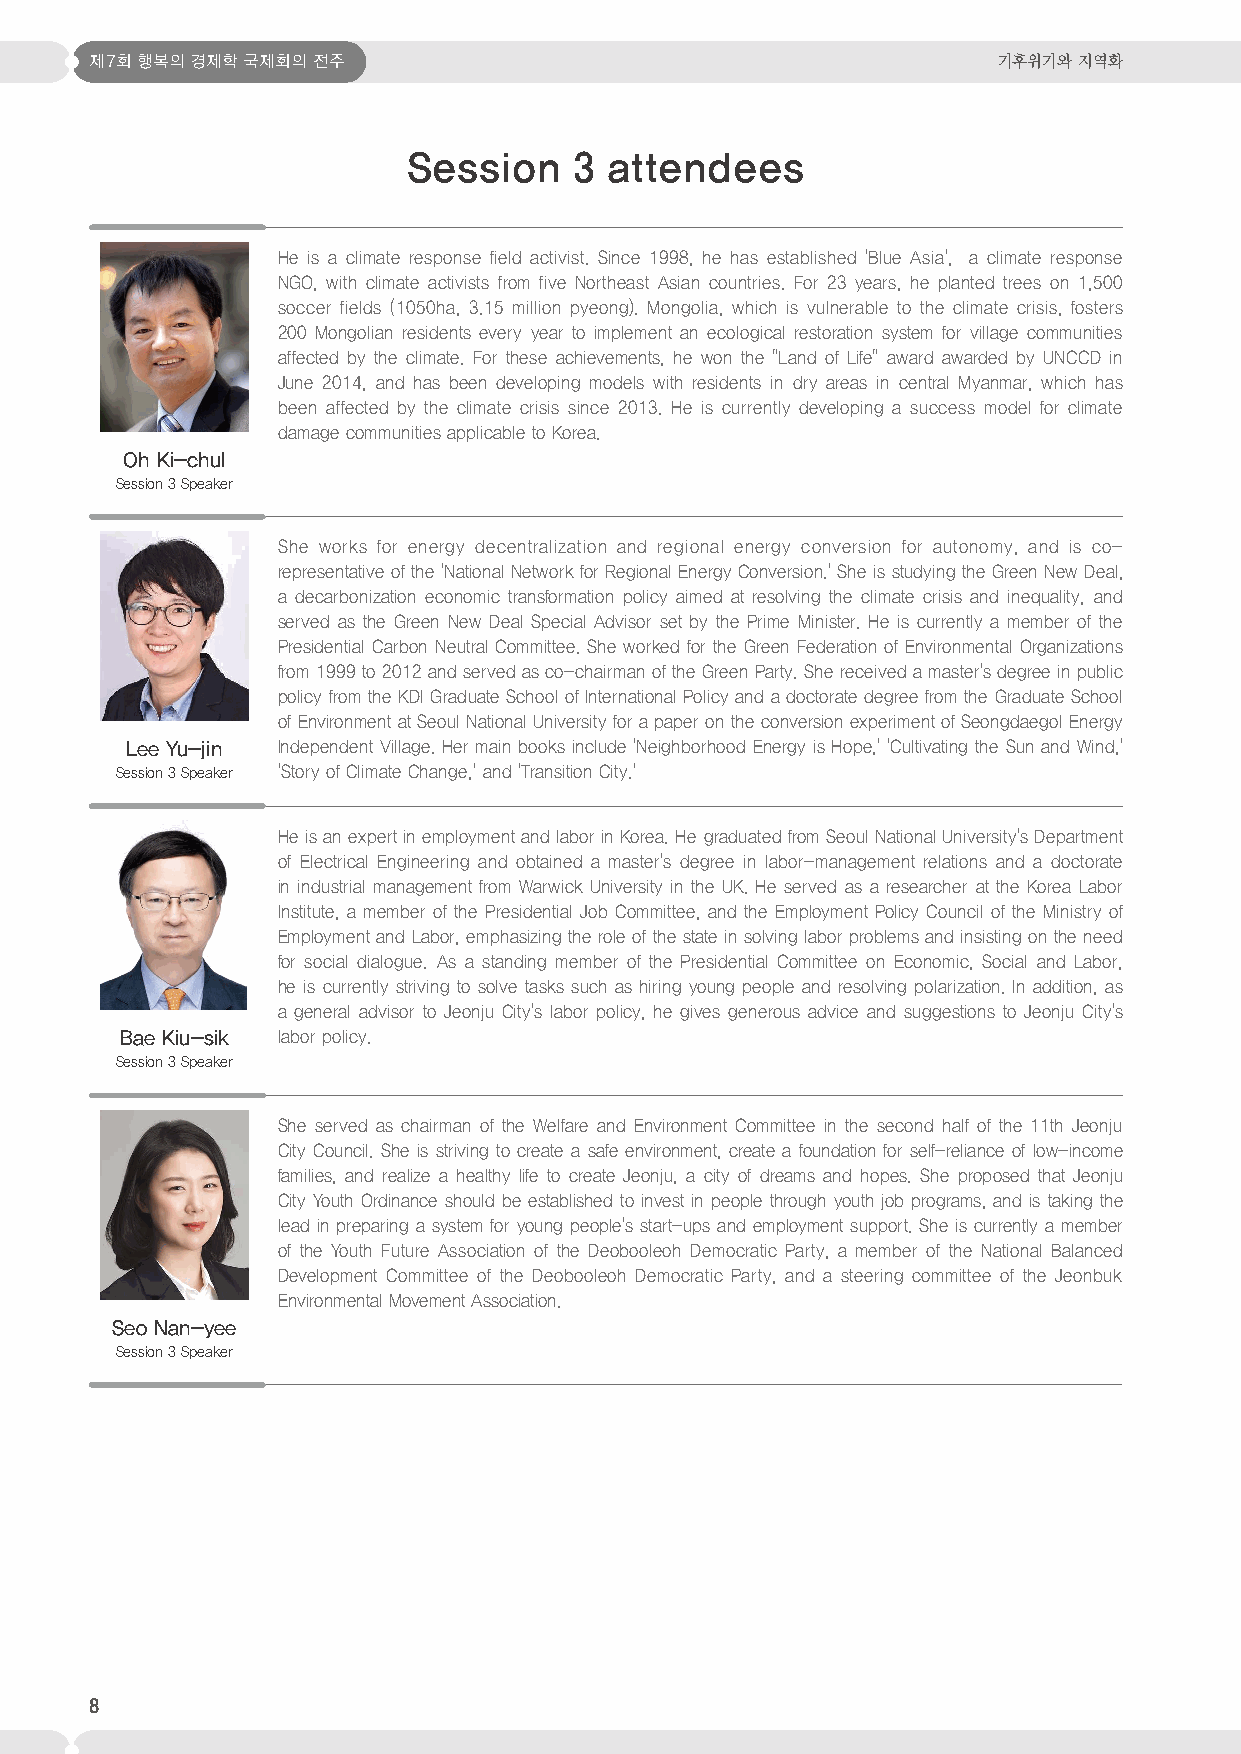
제7회 행복의 경제학 국제회의 전주                                         기후위기와 지역화
 Session    3 attendees
 He is a climate response field activist. Since 1998, he has established 'Blue Asia', a climate response
 NGO, with climate activists from five Northeast Asian countries. For 23 years, he planted trees on 1,500
 soccer fields (1050ha, 3.15 million pyeong). Mongolia, which is vulnerable to the climate crisis, fosters
 200 Mongolian residents every year to implement an ecological restoration system for village communities
 affected by the climate. For these achievements, he won the "Land of Life" award awarded by UNCCD in
 June 2014, and has been developing models with residents in dry areas in central Myanmar, which has
 been affected by the climate crisis since 2013. He is currently developing a success model for climate
 damage communities applicable to Korea.
 Oh Ki-chul
 Session 3 Speaker
 She works for energy decentralization and regional energy conversion for autonomy, and is co-
 representative of the 'National Network for Regional Energy Conversion.' She is studying the Green New Deal,
 a decarbonization economic transformation policy aimed at resolving the climate crisis and inequality, and
 served as the Green New Deal Special Advisor set by the Prime Minister. He is currently a member of the
 Presidential Carbon Neutral Committee. She worked for the Green Federation of Environmental Organizations
 from 1999 to 2012 and served as co-chairman of the Green Party. She received a master's degree in public
 policy from the KDI Graduate School of International Policy and a doctorate degree from the Graduate School
 of Environment at Seoul National University for a paper on the conversion experiment of Seongdaegol Energy
 Lee Yu-jin Independent Village. Her main books include 'Neighborhood Energy is Hope,' 'Cultivating the Sun and Wind,'
 Session 3 Speaker 'Story of Climate Change,' and 'Transition City.'
 He is an expert in employment and labor in Korea. He graduated from Seoul National University's Department
 of Electrical Engineering and obtained a master's degree in labor-management relations and a doctorate
 in industrial management from Warwick University in the UK. He served as a researcher at the Korea Labor
 Institute, a member of the Presidential Job Committee, and the Employment Policy Council of the Ministry of
 Employment and Labor, emphasizing the role of the state in solving labor problems and insisting on the need
 for social dialogue. As a standing member of the Presidential Committee on Economic, Social and Labor,
 he is currently striving to solve tasks such as hiring young people and resolving polarization. In addition, as
 a general advisor to Jeonju City's labor policy, he gives generous advice and suggestions to Jeonju City's
 Bae Kiu-sik labor policy.
 Session 3 Speaker
 She served as chairman of the Welfare and Environment Committee in the second half of the 11th Jeonju
 City Council. She is striving to create a safe environment, create a foundation for self-reliance of low-income
 families, and realize a healthy life to create Jeonju, a city of dreams and hopes. She proposed that Jeonju
 City Youth Ordinance should be established to invest in people through youth job programs, and is taking the
 lead in preparing a system for young people's start-ups and employment support. She is currently a member
 of the Youth Future Association of the Deobooleoh Democratic Party, a member of the National Balanced
 Development Committee of the Deobooleoh Democratic Party, and a steering committee of the Jeonbuk
 Environmental Movement Association.
 Seo Nan-yee
 Session 3 Speaker
 8